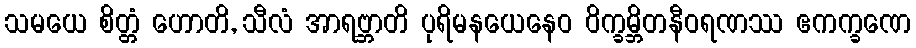
သမယေ စိတ္တံ ဟောတိ, သီလံ အာရဗ္ဘာတိ ပုရိမနယေနေဝ ဝိက္ခမ္ဘိတနီဝရဏဿ ဧကက္ခဏေ